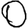
Digit: 0